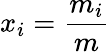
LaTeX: x_{i}={\frac{m_{i}}{m}}